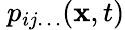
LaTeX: \ p_{ij\ldots}(\mathbf{x},t)